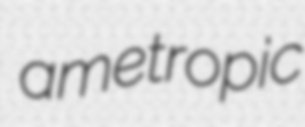
ametropic